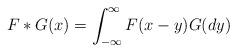
LaTeX: \begin{align*} F\ast G(x)=\int_{-\infty}^\infty F(x-y)G(d y)\end{align*}